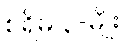
စရိမ ၃-မျိုး။